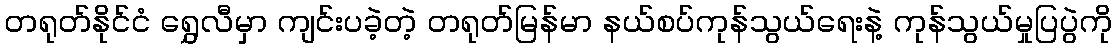
တရုတ်နိုင်ငံ ရွှေလီမှာ ကျင်းပခဲ့တဲ့ တရုတ်မြန်မာ နယ်စပ်ကုန်သွယ်ရေးနဲ့ ကုန်သွယ်မှုပြပွဲကို